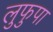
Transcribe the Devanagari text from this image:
लुफुपा